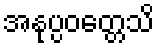
အနုပ္ပဝတ္တေသိ